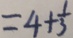
= 4 + \frac { 1 } { 3 }